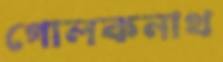
গোলকনাথ